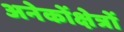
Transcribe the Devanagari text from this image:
अनेकोंक्षेत्रों